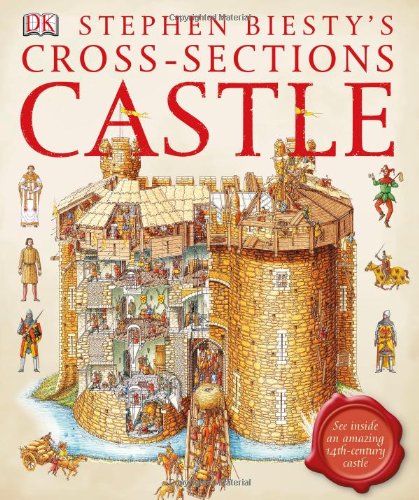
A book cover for Stephen Biesty's Cross-sections Castle; Stephen Biesty; Children's Books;